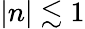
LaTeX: \lvert n\vert\lesssim 1